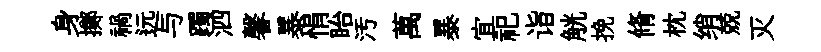
身擲禍远与躅泗馨暴悁眙汚萬暴宜祀诣觥挽脩枕绡兢灭